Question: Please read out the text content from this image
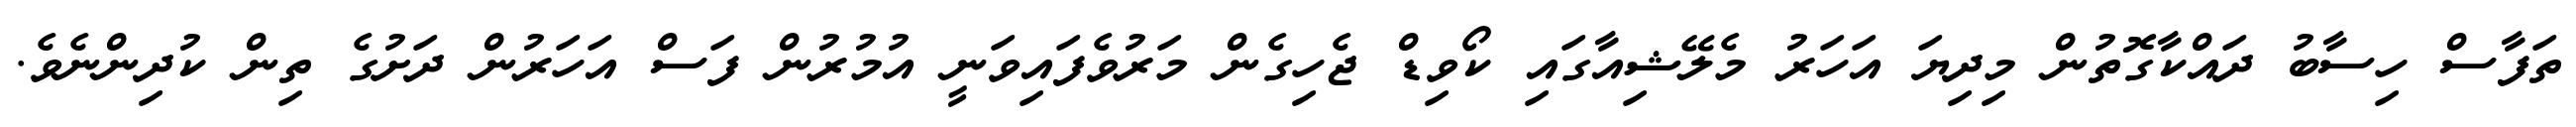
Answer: ތަފާސް ހިސާބު ދައްކާގޮތުން މިދިޔަ އަހަރު މެލޭޝިއާގައި ކޯވިޑް ޖެހިގެން މަރުވެފައިވަނީ އުމުރުން ފަސް އަހަރުން ދަށުގެ ތިން ކުދިންނެވެ.